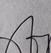
Signature authenticity: genuine